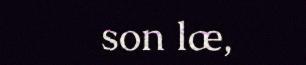
son læ,